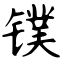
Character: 镤